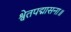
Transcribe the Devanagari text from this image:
श्वेतपद्मासना॥